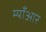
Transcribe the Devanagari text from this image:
म्याँआर